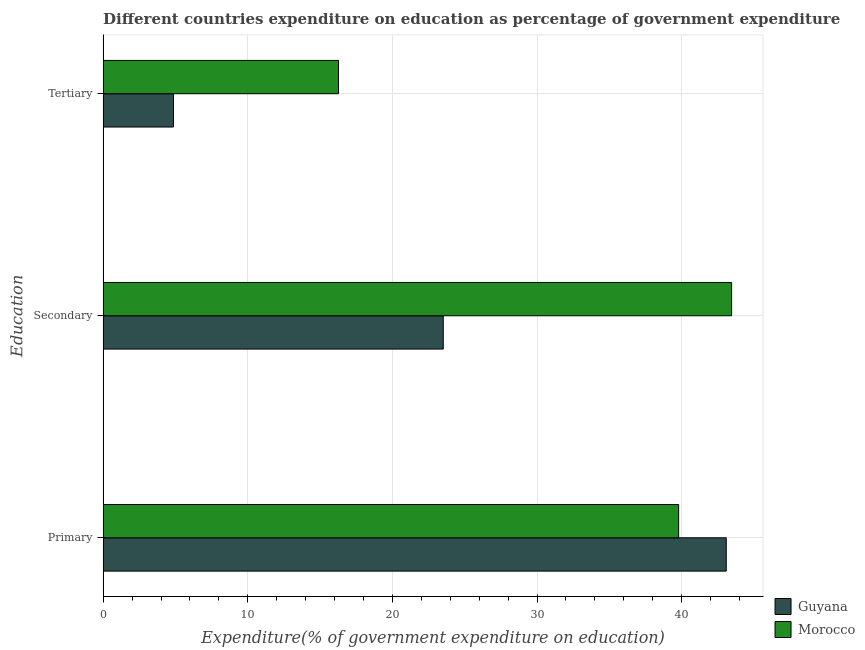
| Education | Guyana | Morocco |
 | --- | --- | --- |
 | Primary | 43.1 | 39.8 |
 | Secondary | 23.5 | 43.5 |
 | Tertiary | 4.86 | 16.3 |